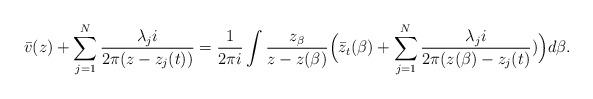
LaTeX: \begin{align*}\bar{v}(z)+\sum_{j=1}^N\frac{\lambda_j i}{2\pi(z-z_j(t))}=\frac{1}{2\pi i}\int \frac{z_{\beta}}{z-z(\beta)}\Big(\bar{z}_t(\beta)+\sum_{j=1}^N \frac{\lambda_j i}{2\pi(z(\beta)-z_j(t)})\Big)d\beta.\end{align*}